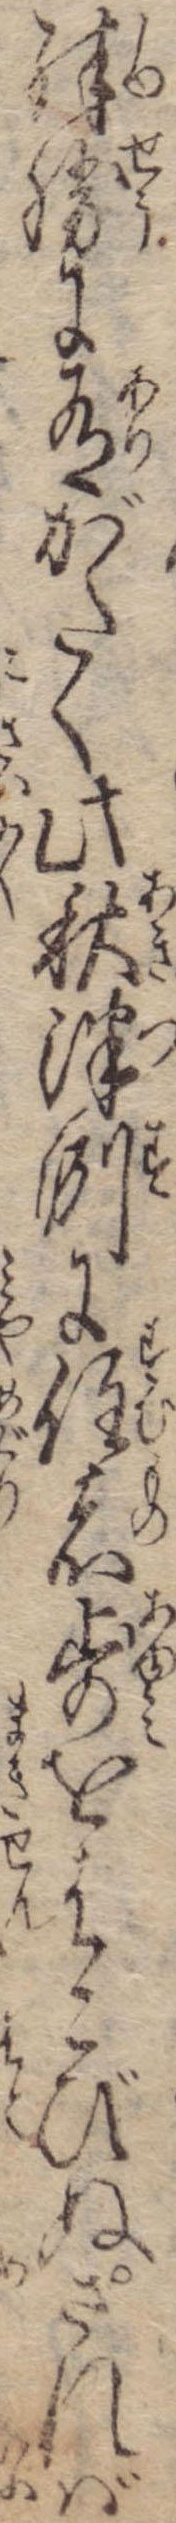
殊勝に有がたく此秋津洲に住者歩をはこびぬされば